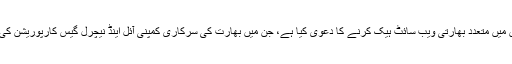
اس گروپ نے حالیہ برسوں میں متعدد بھارتی ویب سائٹ ہیک کرنے کا دعویٰ کیا ہے، جن میں بھارت کی سرکاری کمپنی آئل اینڈ نیچرل گیس کارپوریشن کی ویب سائٹ بھی شامل ہے۔